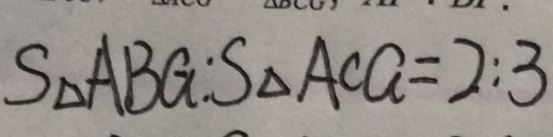
S _ { \Delta } A B G : S _ { \Delta } A C G = 2 : 3